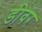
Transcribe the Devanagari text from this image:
डीवर